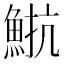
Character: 𩷠